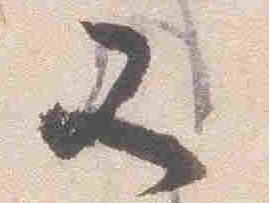
又